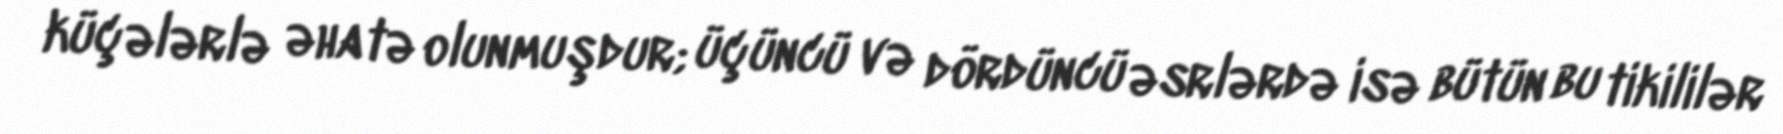
küçələrlə əhatə olunmuşdur; üçüncü və dördüncü əsrlərdə isə bütün bu tikililər